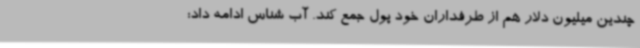
چندین میلیون دلار هم از طرفداران خود پول جمع کند. آب شناس ادامه داد: